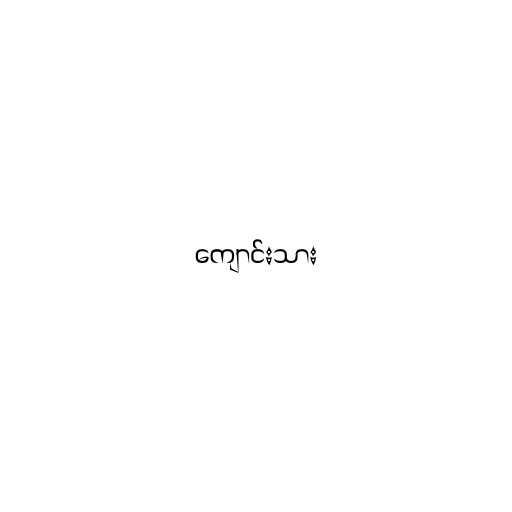
ကျောင်းသား